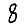
Digit: 8